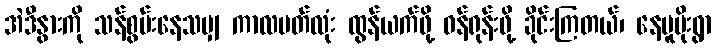
အဲဒီနွားကို သန်စွမ်းနေသမျှ ကာလပတ်လုံး ထွန်ယက်ဖို့ ဝန်ရုန်းဖို့ ခိုင်းကြတယ်၊ နေပူမိုးရွာ